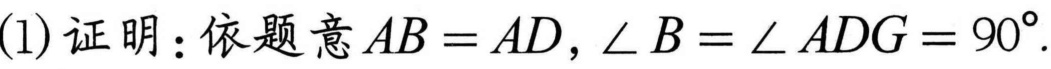
(1) 证明：依题意\(AB = AD\)，\(\angle B=\angle ADG = 90^{\circ}\).